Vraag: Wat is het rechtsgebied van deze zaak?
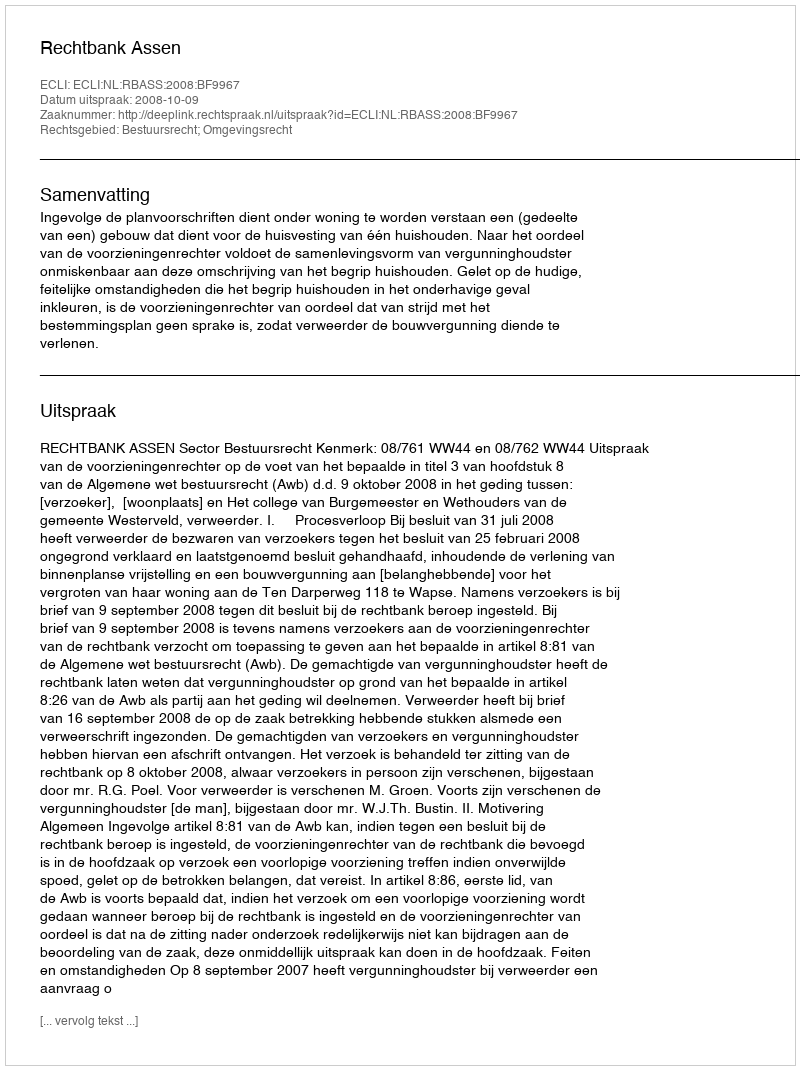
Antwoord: Bestuursrecht; Omgevingsrecht